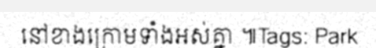
នៅខាងក្រោមទាំងអស់គ្នា ៕Tags: Park